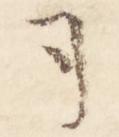
司